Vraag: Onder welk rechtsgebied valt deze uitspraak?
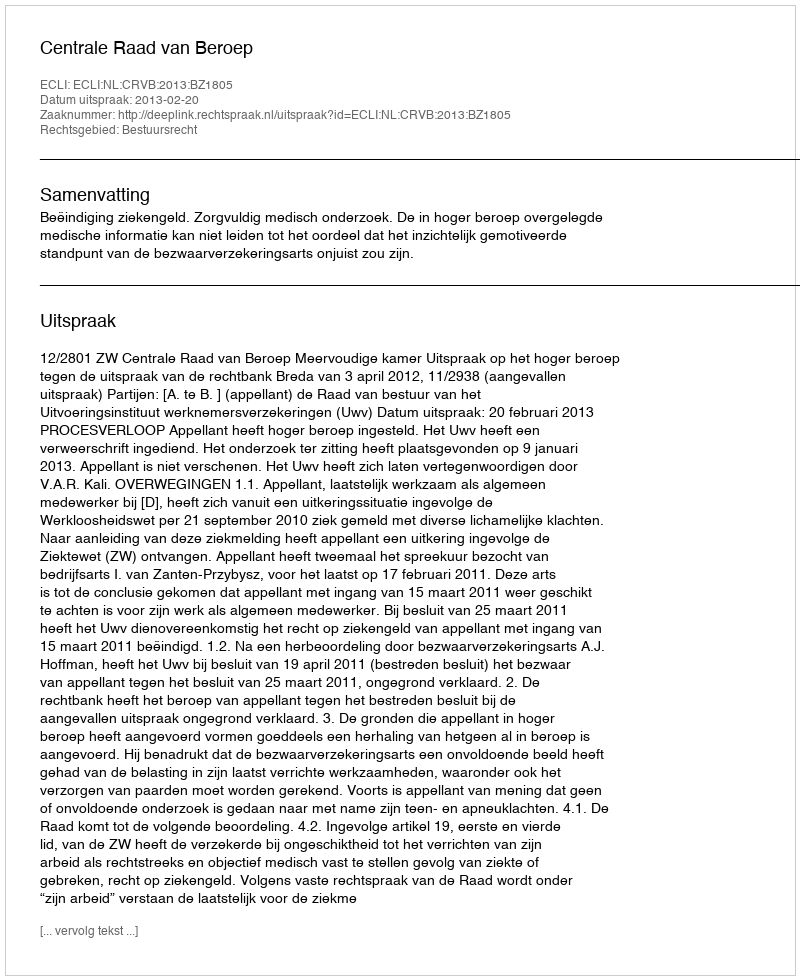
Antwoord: Bestuursrecht